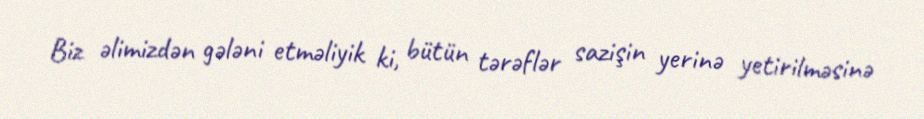
Biz əlimizdən gələni etməliyik ki, bütün tərəflər sazişin yerinə yetirilməsinə